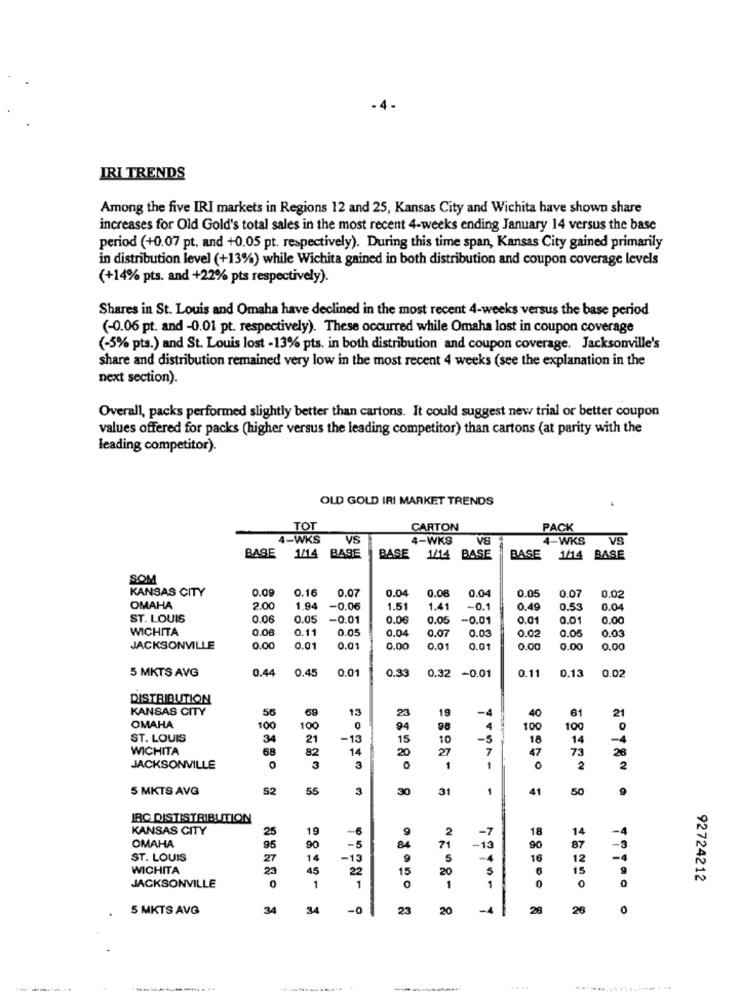
IRI TRENDS
Among the five IRI markets in Regions 12 and 25, Kansas City and Wichita have shown share
increases for Old Gold's total sales in the most recent 4-weeks ending January 14 versus the base
period (+0.07 pt. and +0.05 pt. respectively). During this time span, Kansas City gained primarily
in distribution level (+13%) while Wichita gained in both distribution and coupon coverage levels
(+14% pts. and +22% pts respectively).
Shares in St. Louis and Omaha have declined in the most recent 4-weeks versus the base period
(-0.06 pt. and -0.01 pt. respectively). These occurred while Omaha lost in coupon coverage
(-5% pts.) and St. Louis lost - 13% pts. in both distribution and coupon coverage. Jacksonville's
share and distribution remained very low in the most recent 4 weeks (see the explanation in the
next section).
Overall, packs performed slightly better than cartons. It could suggest new trial or better coupon
values offered for packs (higher versus the leading competitor) than cartons (at parity with the
leading competitor).
OLD GOLD IRI MARKET TRENDS
TOT
CARTON
PACK
4-WKS
VS
4-WKS
VS
4-WKS
VS
BASE
1/14 BASE
BASE
1/14 BASE
BASE
1/14 BASE
SOM
KANSAS CITY
0.09
0.16
0.0
0.05
0.07
0.04
0.08
0.07
0.02
OMAHA
2.0
1.94
-0.06
1.51
1.41
-0.1
0.49
0.53
0.04
ST. LOUIS
0.06
0.05
-0.01
0.00
0.05
-0.01
0.01
0.00
WICHITA
0.06
0.11
0.05
0.04
0.07
0.03
0.0
0.05
0.03
JACKSONVILLE
0.00
0.01
0.01
0.00
0.01
0.0
0.00
0.00
0.00
5 MKTS AVG
0.44
0.45
0.01
0.11
0.13
0.02
0.33
0.32 -0.01
DISTRIBUTION
KANSAS CITY
13
23
19
40
6
-4
21
OMAHA
100
100
94
98
100
100
ST. LOUIS
34
21
-13
15
10
-5
18
14
WICHITA
68
82
14
20
27
7
47
73
28
3
JACKSONVILLE
3
1
1
0
2
2
5 MKTS AVG
52
55
3
30
31
1
41
50
9
IRC DISTISTRIBUTION
KANSAS CITY
25
19
-6
9
2
-7
18
14
OMAHA
95
90
-5
84
71
-1
90
87
ST. LOUIS
27
14
-13
9
5
16
12
-4
WICHITA
23
45
15
5
15
22
20
92724212
JACKSONVILLE
1
1
1
1
0
TOTO
5 MKTS AVG
34
34
-0
23
20
-1
28
26
0
-----.